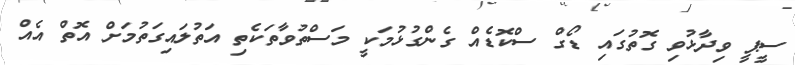
ސީޕީ ވިދާޅުވި ގޮތުގައި ޑޯގް ސްކޮޑެއް ގެންގުޅުމަކީ މަސްތުވާތަކެތި އަތުލައިގަތުމަށް އޮތް އެއް